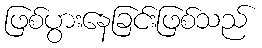
ဖြစ်ပွားနေခြင်းဖြစ်သည်